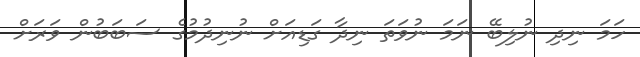
ހަމަ ނިދި ނުލިބޭ ނަމަ ނުވަތަ ނިދާ ގަޑިއަށް ނުނިދުމުގެ ސަބަބުން ވަރަށް